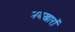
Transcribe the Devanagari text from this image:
मयख़ारों